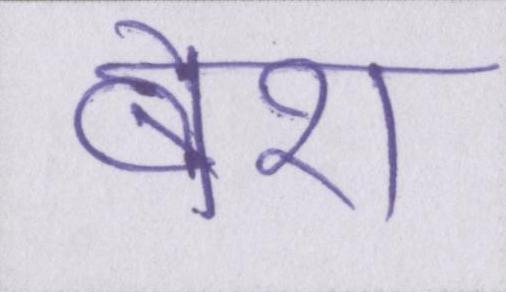
बेश